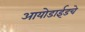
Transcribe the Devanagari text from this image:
आयोडाईडचे